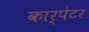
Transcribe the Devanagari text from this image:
कार्पेटर